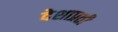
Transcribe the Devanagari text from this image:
देशाप्रती